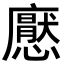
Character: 𢣽